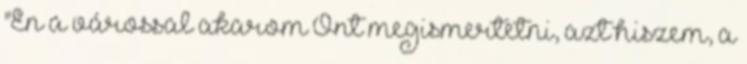
"Én a várossal akarom Önt megismertetni, azt hiszem, a